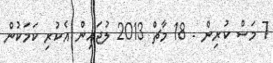
7 މަސް ކުރިން - 18 މާޗް 2013 ލުޖައިން އެކުރި ކަމަކުން